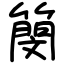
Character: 簢